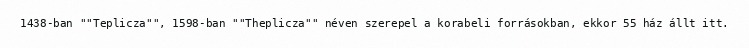
1438-ban ""Teplicza"", 1598-ban ""Theplicza"" néven szerepel a korabeli forrásokban, ekkor 55 ház állt itt.